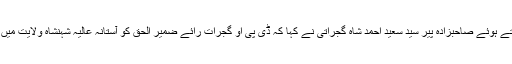
اس موقع پر خطاب کرتے ہوئے صاحبزادہ پیر سید سعید احمد شاہ گجراتی نے کہا کہ ڈی پی او گجرات رائے ضمیر الحق کو آستانہ عالیہ شہنشاہ ولایت میں خوش آمدید کہتے ہیں ۔